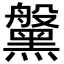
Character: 𪒀